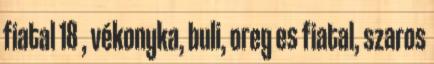
fiatal 18 , vékonyka, buli, oreg es fiatal, szaros